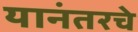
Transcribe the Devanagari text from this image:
यानंतरचे